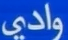
وادي